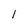
Character: 1